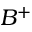
B ^ { + }